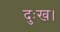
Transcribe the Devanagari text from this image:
दुःख।